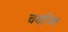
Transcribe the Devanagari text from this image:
चयनिक